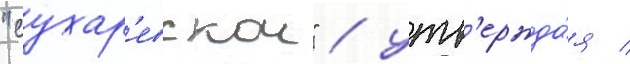
"сухар'евскои" / утв'ержда́я /